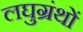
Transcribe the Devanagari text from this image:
लघुग्रंथों